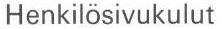
Henkilösivukulut